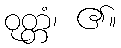
ဝုတ္တံ၊ ၏။